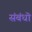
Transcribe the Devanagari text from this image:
संबंधॊ